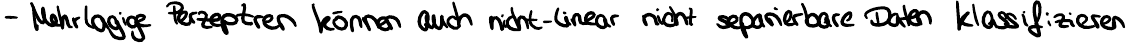
- Mehrlagige Perzeptren können auch nicht-linear nicht separierbare Daten klassifizieren